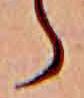
ら